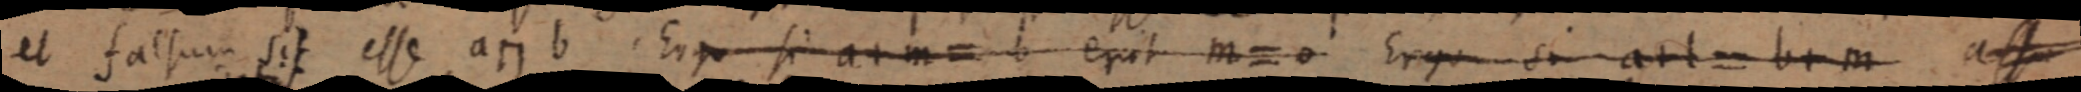
et factum sit esse a п b. Ergo si a + m = b erit m = 0 Ergo sit a + l = b + m assu